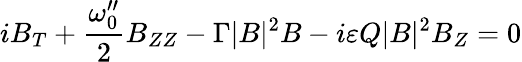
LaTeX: iB_{T}+\frac{\omega_{0}^{\prime\prime}}{2}B_{ZZ}-\Gamma|B|^{2}B-i\varepsilon Q|B|^{2}B_{Z}=0